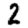
Digit: 2